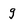
Character: g